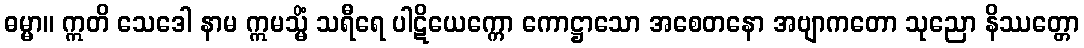
ဓမ္မာ။ ဣတိ သေဒေါ နာမ ဣမသ္မိံ သရီရေ ပါဋိယေက္ကော ကောဋ္ဌာသော အစေတနော အဗျာကတော သုညော နိဿတ္တော